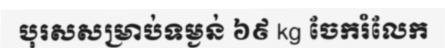
បុរសសម្រាប់ទម្ងន់ ៦៩ kg ចែករំលែក